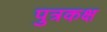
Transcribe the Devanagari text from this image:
पुत्रकक्ष